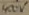
Text: 400V